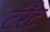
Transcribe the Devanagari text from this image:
टॅरँट